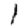
Digit: 1